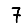
Digit: 7